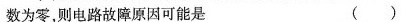
数为零，则电路故障原因可能是 ( )